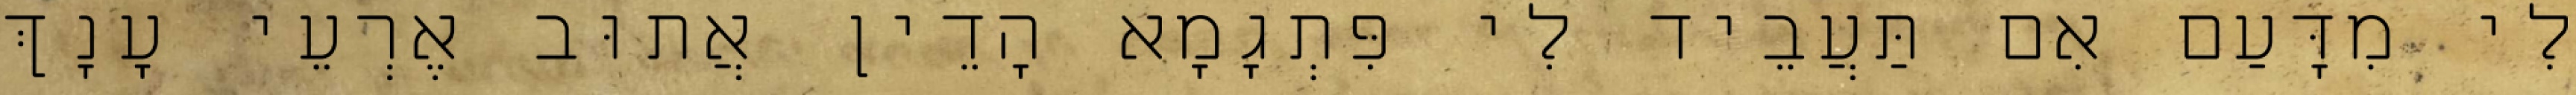
לִי מִדָּעַם אִם תַּעֲבֵיד לִי פִּתְגָמָא הָדֵין אֲתוּב אֶרְעֵי עָנָךְ